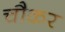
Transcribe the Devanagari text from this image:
चौकर